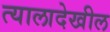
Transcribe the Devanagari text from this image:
त्यालादेखील